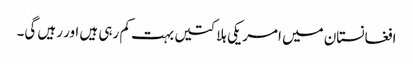
افغانستان میں امریکی ہلاکتیں بہت کم رہی ہیں اور رہیں گی۔